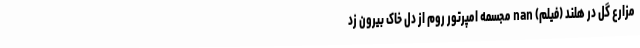
مزارع گل در هلند (فیلم) nan مجسمه امپرتور روم از دل خاک بیرون زد